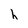
Character: h